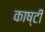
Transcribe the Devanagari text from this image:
काष्टी